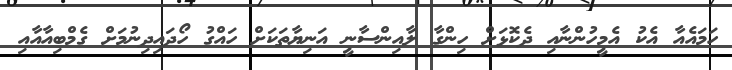
ހަމައެއާ އެކު އެމީހުންނާއި ދެކޮޅަށް ހިންގާ ލާއިންސާނީ އަނިޔާތަކަށް ހައްގު ހޯދައިދިނުމަށް ގެމްބިއާއާއި